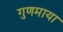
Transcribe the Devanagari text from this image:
गुणमाया